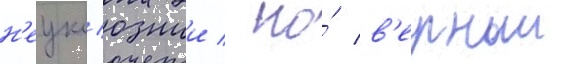
н'еукл'южии / но́ в'ерныи